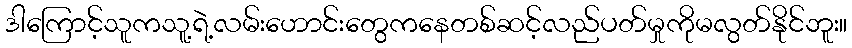
ဒါကြောင့်သူကသူ့ရဲ့လမ်းဟောင်းတွေကနေတစ်ဆင့်လည်ပတ်မှုကိုမလွတ်နိုင်ဘူး။